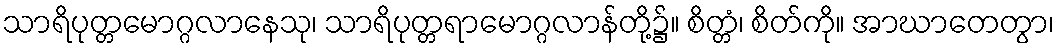
သာရိပုတ္တမောဂ္ဂလာနေသု၊ သာရိပုတ္တရာမောဂ္ဂလာန်တို့၌။ စိတ္တံ၊ စိတ်ကို။ အာဃာတေတွာ၊